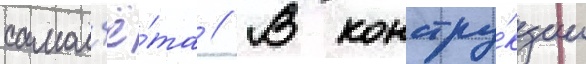
самол'ё́та // В констру́кции